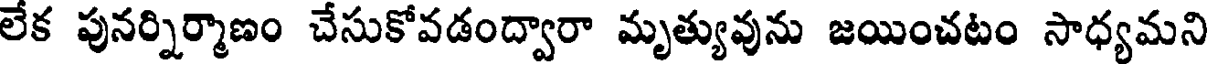
లేక పునర్నిర్మాణం చేసుకోవడంద్వారా మృత్యువును జయించటం సాధ్యమని